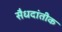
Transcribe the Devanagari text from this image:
सैधदांतीक